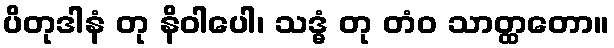
ပိတုဒါနံ တု နိဝါပေါ၊ သဒ္ဓံ တု တံဝ သာတ္ထတော။